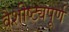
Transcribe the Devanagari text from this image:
वैशीष्ट्यपूर्ण